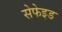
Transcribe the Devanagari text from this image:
सेफेइड